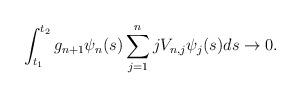
LaTeX: \begin{align*} \int_{t_1}^{t_2}g_{n+1} \psi_{n}(s)\sum_{j=1}^{n}jV_{n,j}\psi_j(s)ds \to 0.\end{align*}